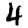
Digit: 4